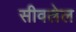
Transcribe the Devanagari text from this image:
सीवलेल